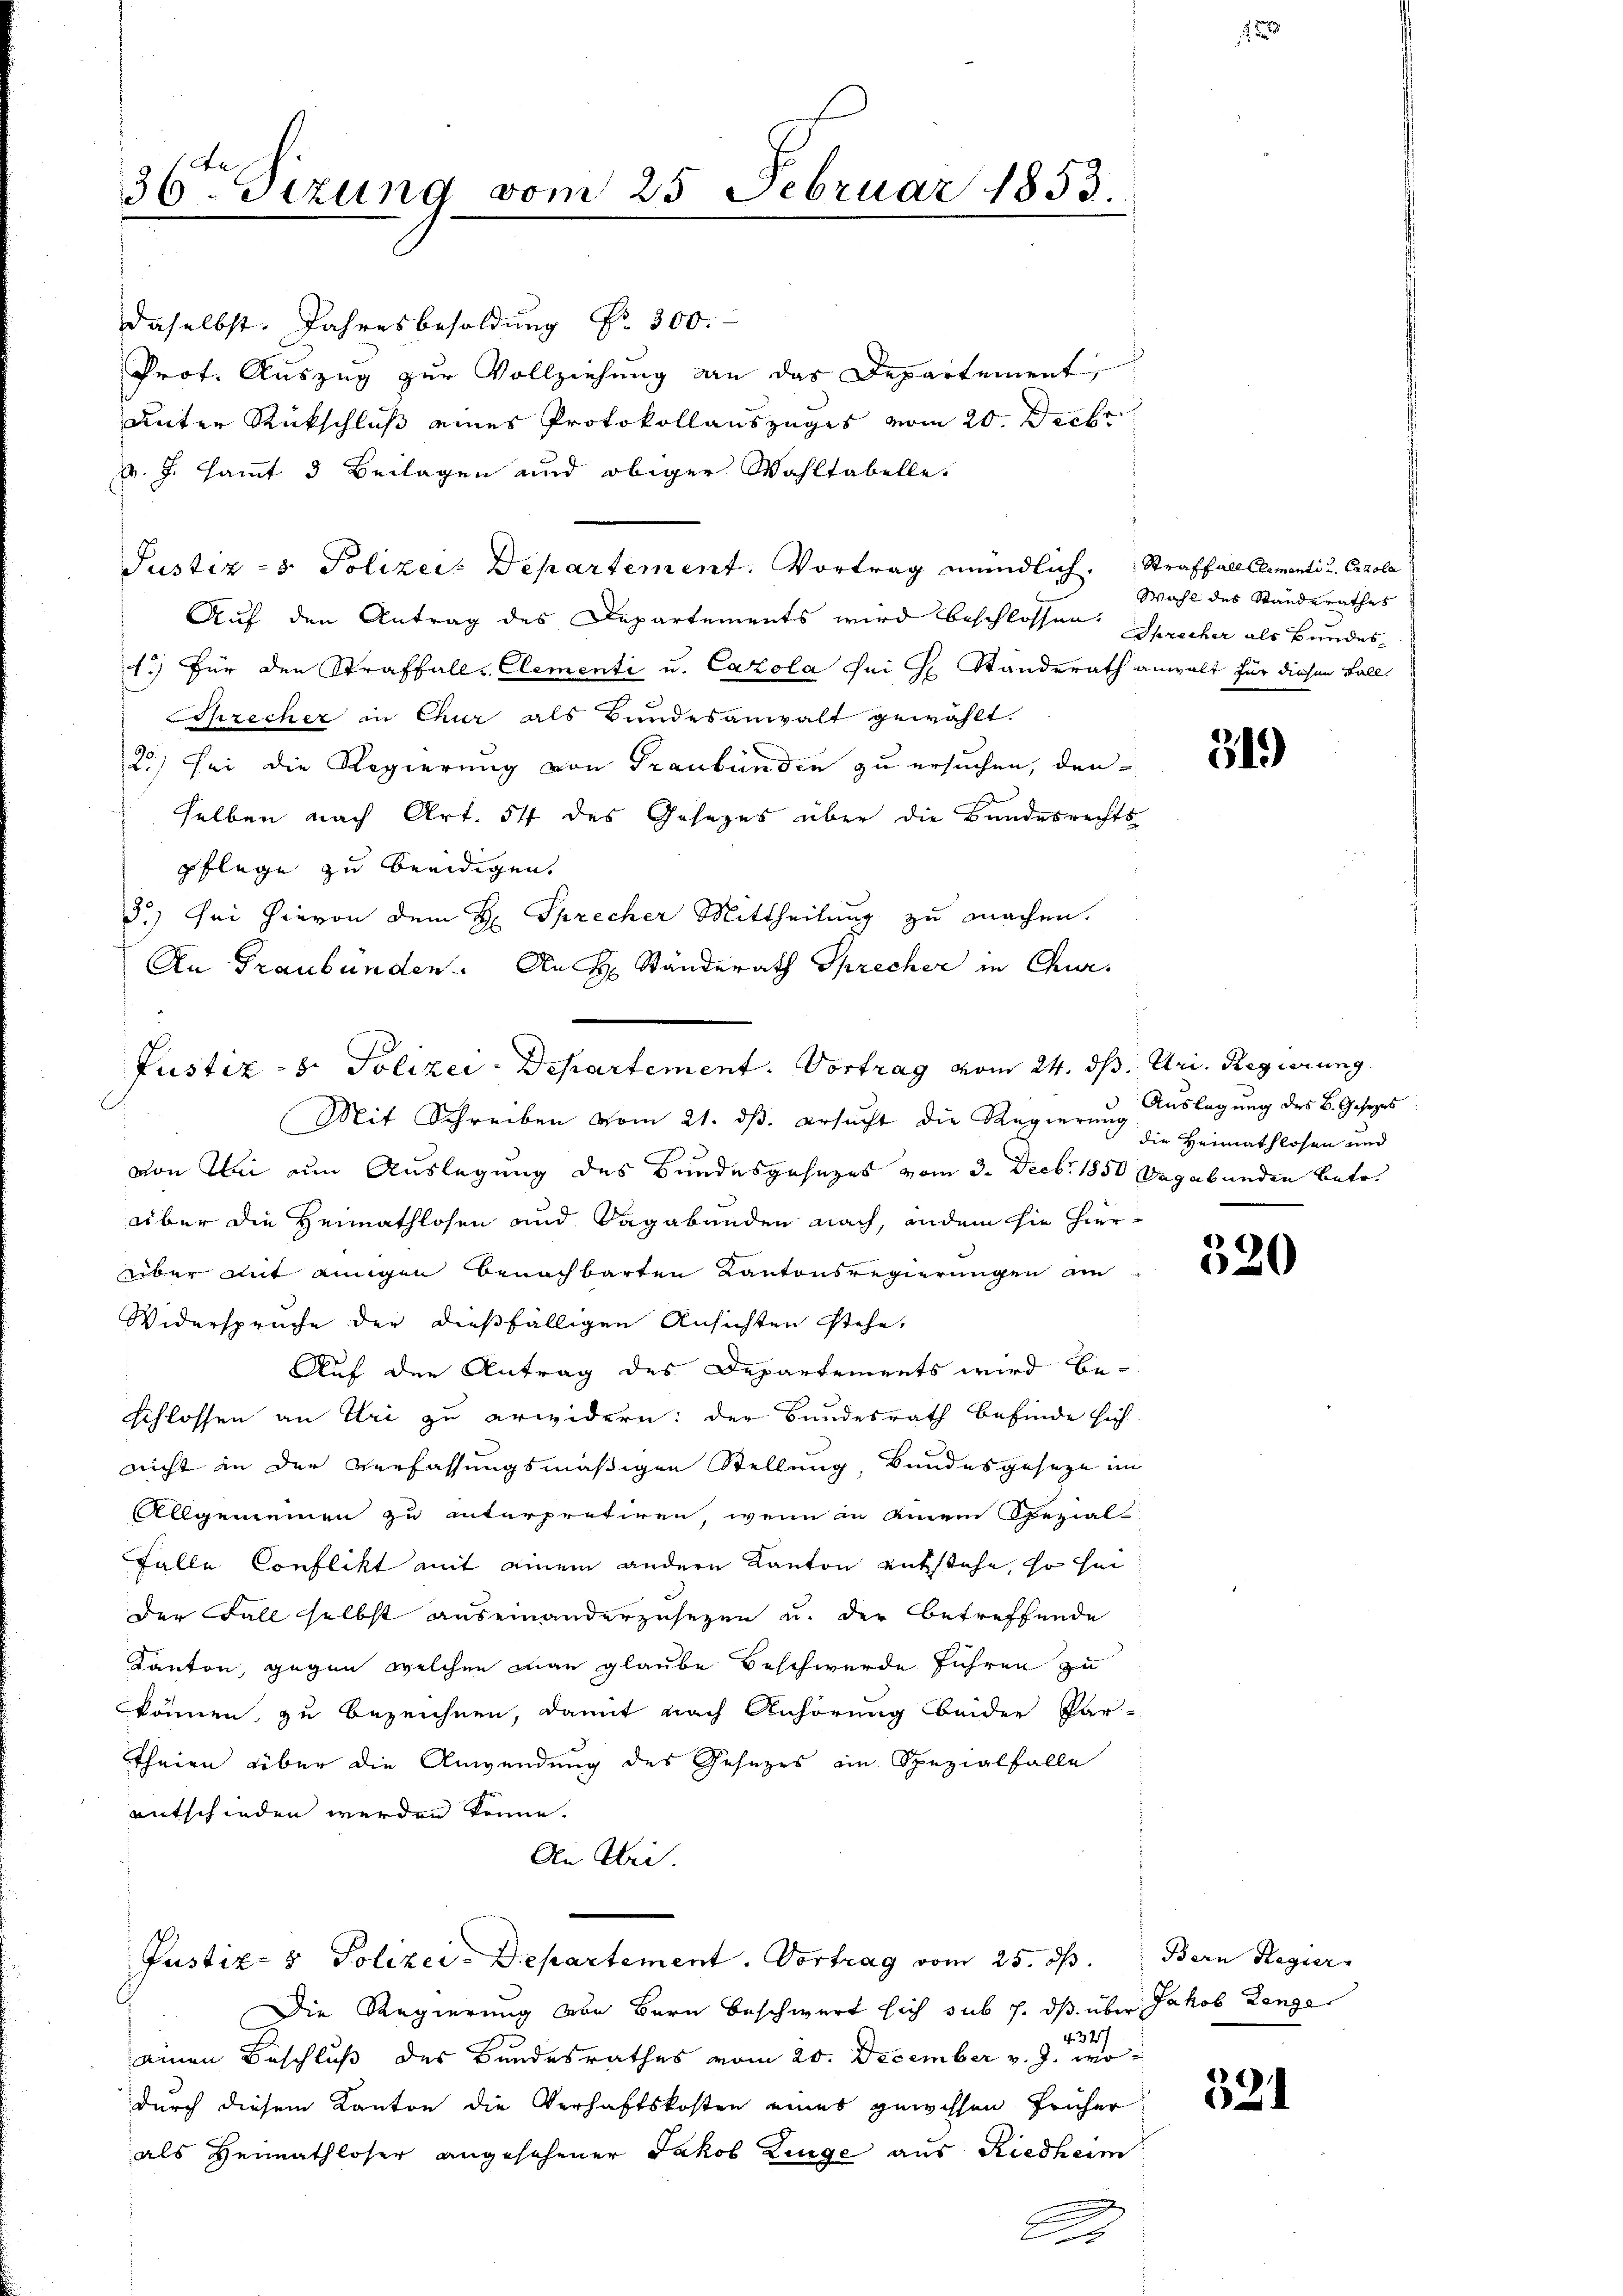
36ten Sizung vom 25 Februar 1853.

daselbst. Jahresbesoldung Nr. 300.
Prof. Auszug zur Vollziehung an das Departement,
unter Rückschluß eines Protokollauszuges vom 20. Decbr
d. J. Hammt 3 Beilagen und obiger Wahltabelle.
Justiz- & Polizei Departement. Vortrag mündlich. Straffall Elementi u. Carola
Auf den Antrag des Departements wird beschlossen. Sprecher als Bundes¬
1.) Für den Straffalle Elementi u. Cazola sei H. Standerath anwalt für diesen Fall-
Sprecher in Chur als Bundesanwalt gewählt.
2) sei die Regierung von Graubünden zu ersuchen, den
selben nach Art. 54 des Gesezes über die Bundesrechts
pflege zu beeidigen.
3.) Sei hievon dem H. Sprecher Mittheilung zu machen.
An Graubünden. An H. Ständerath Sprecher in Chur¬
Mit Schreiben vom 21. dβ. ersucht die Regierung Auslegung des B. Gesezes
von bei an Auslegung des Bundesgesezes vom 3. Decbr. 1850 begabunden betr.
über die Heimathlosen und Sagabunden nach, andem sie hierüber mit einigen benachbarten Kantonsregierungen am
Widerspruche der dießfälligen Ansichten stehe,
Auf den Antrag des Departements wird be-
schlossen an Uri zu erwidern: der Bundesrath befinde sich
nicht in der Verfassungsmäßigen Stellung, Bundesgeseze im
Allgemeinen zu interpretiren, wenn in einem Spezial-
Falle Conflikt mit einem andern Kanton entstehe, so für
der Fall selbst auseinanderzusezen u. der betreffende
Kanton, gegen welchen man glaube Beschwerde führen zu
können, zu bezeichnen, damit nach Anhörung beiden Par-
theien über die Anwendung des Gesezes ein Spezialfalle
entschieden werden könne.
An Wei
Justiz- & Polizei-Departement. Vortrag vom 25. d.
Die Regierung von Bern beschwert sich sub 7. dβ über Jakob Lenge
. 327
einen Beschluß des Bundesrathes vom 20. December v. J. wodurch diesem Kanton die Verhaftskosten eines gewissen früher
als Heimathloser angesehener Jakob Zinge aus Riedheim

Justiz- & Polizei-Departement. Vortrag vom 24. ds. Uri. Regierung.

c

Wahl des Standerathes

519)

die Heimathlosen und

320

Bern Regier

321